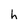
Character: h